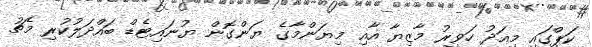
ކަޕްގައި މިއަދު ހަވީރު މާޒިޔާ އާއި މިޔަންމާގެ ޔަންގޮން ޔުނައިޓެޑް ބައްދަލުކުރި މެޗު